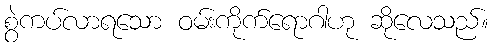
စွဲကပ်လာရသော ဝမ်းကိုက်ရောဂါဟု ဆိုလေသည်။